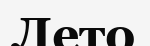
Лето